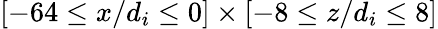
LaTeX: [-64\leq x/d_{i}\leq 0]\times[-8\leq z/d_{i}\leq 8]